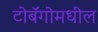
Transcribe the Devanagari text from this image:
टोबॅगोमधील